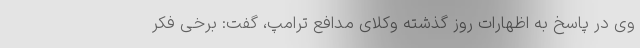
وی در پاسخ به اظهارات روز گذشته وکلای مدافع ترامپ، گفت: برخی فکر